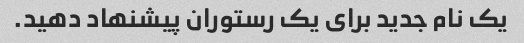
یک نام جدید برای یک رستوران پیشنهاد دهید.